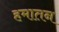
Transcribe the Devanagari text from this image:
हमातन